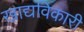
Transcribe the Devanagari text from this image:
खाद्यविकारी